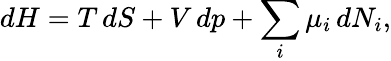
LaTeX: dH=T\, dS+V\, dp+\sum_{i}\mu_{i}\, dN_{i},